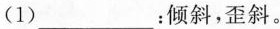
(1)___：倾斜，歪斜。